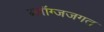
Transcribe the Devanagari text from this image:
ब्लॉग्जजगत